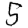
Digit: 5